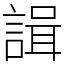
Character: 諿